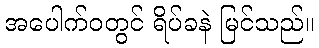
အပေါက်ဝတွင် ရိပ်ခနဲ မြင်သည်။